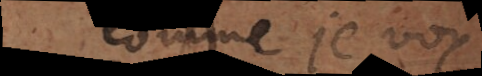
Comme je voy